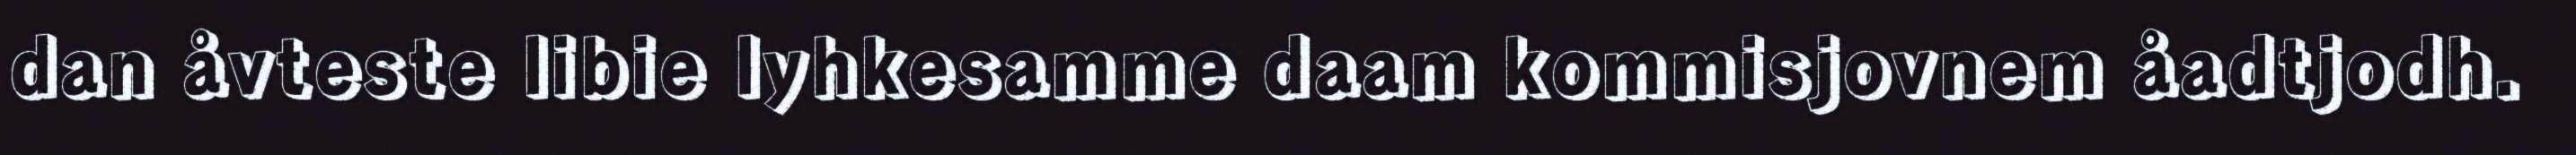
dan åvteste libie lyhkesamme daam kommisjovnem åadtjodh.